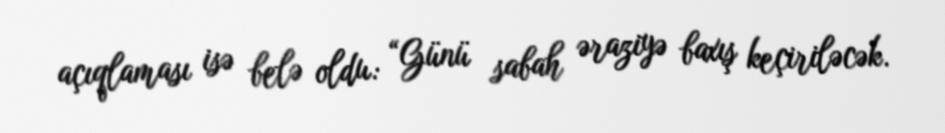
açıqlaması isə belə oldu: “Günü sabah əraziyə baxış keçiriləcək.